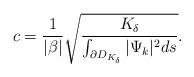
LaTeX: \begin{align*}c=\frac{1}{|\beta|}\sqrt{\frac{K_\delta}{\int_{\partial D_{K_\delta}}|\Psi_k|^2ds}}.\end{align*}